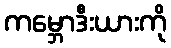
ကမ္ဘောဒီးယားကို